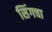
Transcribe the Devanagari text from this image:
सिंगचा